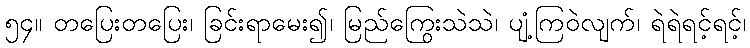
၅၄။ တပြေးတပြေး၊ ခြင်းရာမေး၍၊ မြည်ကြွေးသဲသဲ၊ ပျံ့ကြဝဲလျက်၊ ရဲရဲရင့်ရင့်၊